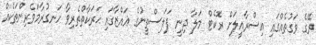
ރޭގެ ވަގުތެއްގައި އިސްރާއީލަށް ރޮކެޓް މަލާ ދިނީ ފަލަސްތީނުގެ ޣައްޒާގައި ޙަރަކާތްތެރިވާ ހަނގުރާމަވެރިންތަކެއް